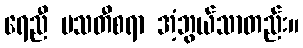
ရေညီ မသတီစရာ အံ့ဘွယ်သာတည်း။